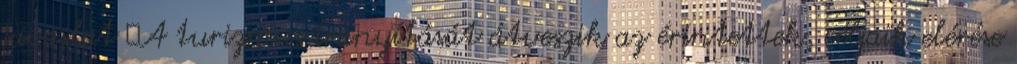
javaslat ▪A turizmus irányítását átveszik az érintettek, céljaik elérése